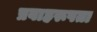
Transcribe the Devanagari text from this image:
प्रवाहरूपता